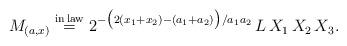
LaTeX: \begin{align*}M_{(a, x)} \overset{{\rm in \,law}}{=}2^{-\bigl(2(x_1+x_2)-(a_1+a_2)\bigr)/a_1a_2}\, L\,X_1\,X_2\,X_3.\end{align*}